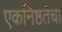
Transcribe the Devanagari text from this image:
एकनिष्ठतेचा